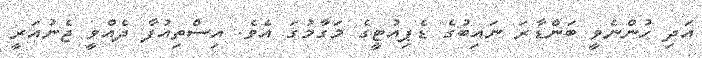
އަދި ހުންނެވީ ބަންޑާރަ ނައިބުގެ ޑެޕިއުޓީގެ މަގާމުގަ އެވެ. އިސްތިއުފާ ދެއްވީ ޖެނުއަރީ